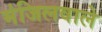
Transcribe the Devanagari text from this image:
मंजिलवाले